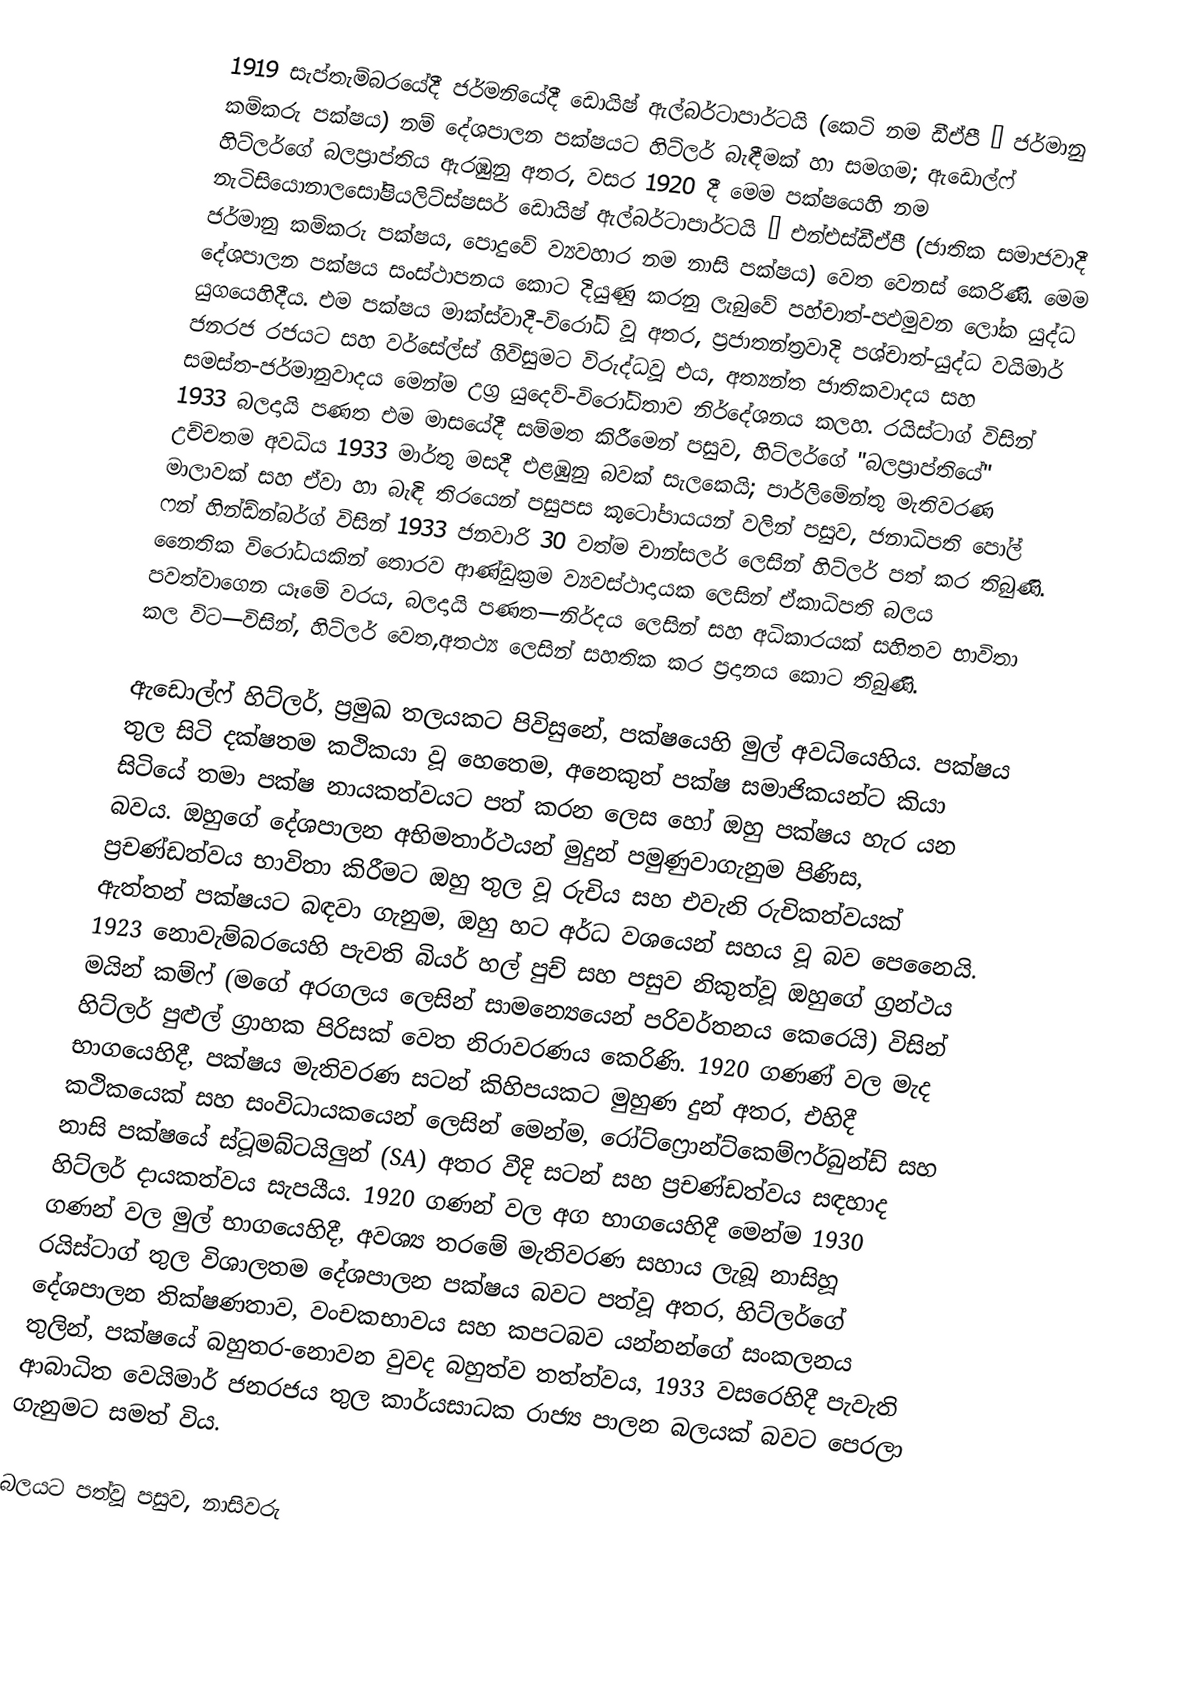
1919 සැප්තැම්බරයේදී  ජර්මනියේදී  ඩොයිෂ් ඇල්බර්ටාපාර්ටයි (කෙටි නම ඩීඒපී – ජර්මානු කම්කරු පක්ෂය) නම් දේශපාලන පක්ෂයට හිට්ලර් බැඳීමක් හා සමගම; ඇඩොල්ෆ් හිට්ලර්ගේ බලප්‍රාප්තිය ඇරඹුනු අතර, වසර 1920 දී මෙම පක්ෂයෙහි නම නැටිසියොනාලසෝෂියලිට්ස්ෂසර් ඩොයිෂ් ඇල්බර්ටාපාර්ටයි – එන්එස්ඩීඒපී (ජාතික සමාජවාදී ජර්මානු කම්කරු පක්ෂය, පොදුවේ ව්‍යවහාර නම නාසි පක්ෂය) වෙත වෙනස් කෙරිණි. මෙම දේශපාලන පක්ෂය සංස්ථාපනය කොට දියුණු කරනු ලැබුවේ පහ්චාත්-පඵමුවන ලෝක යුද්ධ යුගයෙහිදීය. එම පක්ෂය මාක්ස්වාදී-විරෝධි වූ අතර, ප්‍රජාතන්ත්‍රවාදි පශ්චාත්-යුද්ධ වයිමාර් ජනරජ රජයට සහ වර්සේල්ස් ගිවිසුමට විරුද්ධවූ එය,  අත්‍යන්ත ජාතිකවාදය සහ සමස්ත-ජර්මානුවාදය මෙන්ම උග්‍ර යුදෙව්-විරෝධිතාව නිර්දේශනය කලහ.  රයිස්ටාග් විසින් 1933 බලදායි පණත එම මාසයේදී සම්මත කිරීමෙන් පසුව, හිට්ලර්ගේ  "බලප්‍රාප්තියේ" උච්චතම අවධිය 1933 මාර්තු මසදී එළඹුනු බවක් සැලකෙයි; පාර්ලිමේන්තු මැතිවරණ මාලාවක් සහ ඒවා හා බැඳි  තිරයෙන් පසුපස කූටෝපායයන් වලින් පසුව, ජනාධිපති පෝල් ෆන් හින්ඩ්න්බර්ග් විසින් 1933 ජනවාරි 30 වත්ම  චාන්සලර් ලෙසින් හිට්ලර් පත් කර තිබුණි.  නෛතික විරෝධයකින් තොරව  ආණ්ඩුක්‍රම ව්‍යවස්ථාදායක ලෙසින් ඒකාධිපති බලය පවත්වාගෙන යෑමේ වරය,   බලදායි පණත—නිර්දය ලෙසින් සහ අධිකාරයක් සහිතව භාවිතා කල විට—විසින්, හිට්ලර් වෙත,අතථ්‍ය ලෙසින් සහතික කර ප්‍රදානය කොට තිබුණි.

ඇඩොල්ෆ් හිට්ලර්, ප්‍රමුඛ තලයකට පිවිසුනේ, පක්ෂයෙහි මුල් අවධියෙහිය. පක්ෂය තුල සිටි දක්ෂතම කථිකයා වූ හෙතෙම, අනෙකුත් පක්ෂ සමාජිකයන්ට කියා සිටියේ තමා පක්ෂ නායකත්වයට පත් කරන ලෙස හෝ ඔහු පක්ෂය හැර යන බවය. ඔහුගේ දේශපාලන අභිමතාර්ථයන් මුදුන් පමුණුවාගැනුම පිණිස, ප්‍රචණ්ඩත්වය භාවිතා කිරීමට ඔහු තුල වූ රුචිය සහ එවැනි රුචිකත්වයක් ඇත්තන් පක්ෂයට බඳවා ගැනුම, ඔහු හට අර්ධ වශයෙන් සහය වූ බව පෙනෛයි. 1923 නොවැම්බරයෙහි පැවති  බියර් හල් පුච් සහ පසුව නිකුත්වූ ඔහුගේ ග්‍රන්ථය  මයින් කම්ෆ් (මගේ අරගලය ලෙසින් සාමන්‍යෙයෙන් පරිවර්තනය කෙරෙයි) විසින් හිට්ලර් පුළුල් ග්‍රාහක පිරිසක් වෙත නිරාවරණය කෙරිණි. 1920 ගණණ් වල මැද භාගයෙහිදී, පක්ෂය මැතිවරණ සටන් කිහිපයකට මුහුණ දුන් අතර,  එහිදී කථිකයෙක් සහ‍ සංවිධායකයෙන් ලෙසින් මෙන්ම,  රෝට්ෆ්‍රොන්ට්කෙම්ෆර්බුන්ඩ් සහ නාසි පක්ෂයේ  ස්ටූමබ්ටයිලුන් (SA) අතර වීදි සටන් සහ ප්‍රචණ්ඩත්වය සඳහාද හිට්ලර් දායකත්වය සැපයීය. 1920 ගණන් වල අග භාගයෙහිදී මෙන්ම  1930 ගණන් වල මුල් භාගයෙහිදී, අවශ්‍ය තරමේ මැතිවරණ සහාය ලැබූ නාසිහූ රයිස්ටාග් තුල විශාලතම දේශපාලන පක්ෂය බවට පත්වූ අතර, හිට්ලර්ගේ  ‍දේශපාලන තික්ෂණතාව, වංචකභාවය සහ කපටබව යන්නන්ගේ සංකලනය තුලින්, පක්ෂයේ බහුතර-නොවන  වුවද බහුත්ව තත්ත්වය, 1933 වසරෙහිදී පැවැති ආබාධිත වෙයිමාර් ජනරජය තුල කාර්යසාධක රාජ්‍ය පාලන බලයක් බවට පෙරලා ගැනුමට සමත් විය.

බලයට පත්වූ පසුව, නාසිවරු